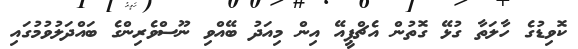
ކޮވިޑުގެ ހާލަތާ ގުޅޭ ގޮތުން އެޗްޕީއޭ އިން މިއަދު ބޭއްވި ނޫސްވެރިންގެ ބައްދަލުވުމުގައި